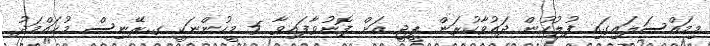
މިމައްސަލައިގައި ފުލުހުން ދައުވާކުރަން ޕީޖީ އަށް ފޮނުވާފައިވާ 5 މީހުންނަކީ ގ.ރޭނިސް މުޙައްމަދު